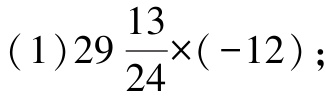
$(1)29\frac{13}{24}\times(-12);$